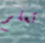
تعلم